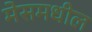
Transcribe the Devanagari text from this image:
मेसमधील